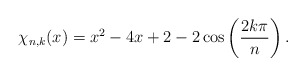
\begin{align*}\chi_{n,k}(x) = x^2 -4x + 2 - 2\cos\left(\frac{2k\pi}{n}\right).\end{align*}